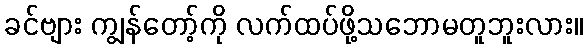
ခင်ဗျား ကျွန်တော့်ကို လက်ထပ်ဖို့သဘောမတူဘူးလား။